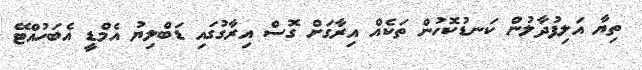
ތިޔާ އަލިފުދާލުން ކަނޑުކޮހުން ތަކެއް އިރާގަށް ގޮސް އިރާގުގައި ޑަބްލިޔު އެމްޑީ އެބަހުއްޓޭ